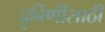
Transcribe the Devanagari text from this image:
दुर्बिणींसाठी